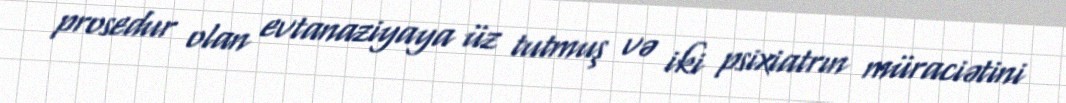
prosedur olan evtanaziyaya üz tutmuş və iki psixiatrın müraciətini